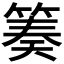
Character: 𥯪